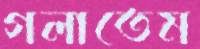
গলাতেম